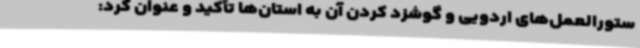
ستورالعمل‌های اردویی و گوشزد کردن آن به استان‌ها تأکید و عنوان کرد: